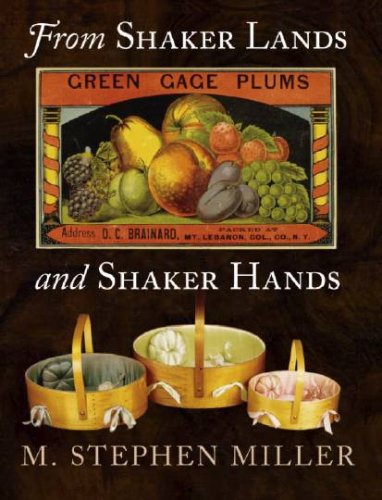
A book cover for From Shaker Lands and Shaker Hands: A Survey of the Industries; M. Stephen Miller; Christian Books & Bibles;